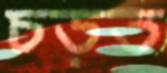
চড়ত